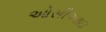
ઓસીઆઇ